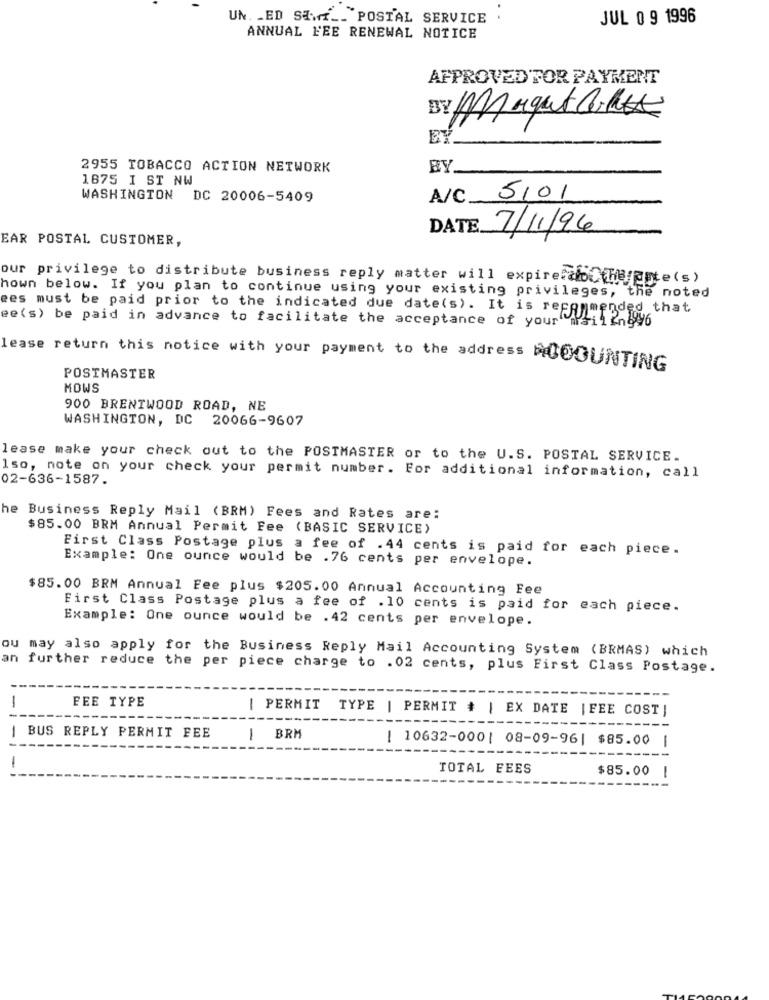
UN. _ ED Sawf __ POSTAL SERVICE
JUL 0 9 1996
ANNUAL FEE RENEWAL NOTICE
AFPROVEDTOR PAYMENT
BY Might Cause
2955 TOBACCO ACTION NETWORK
BY
1875 I ST NW
WASHINGTON DC 20006-5409
A/C 5101
DATE.
7/11/96
EAR POSTAL CUSTOMER,
our privilege to distribute business reply matter will expire:ao therate(s)
hown below. If you plan to continue using your existing privileges, the noted
ees must be paid prior to the indicated due date(s). It is recommended that
ee(s) be paid in advance to facilitate the acceptance of your
lease return this notice with your payment to the address HUCOUNTING
POSTMASTER
MOWS
900 BRENTWOOD ROAD, NE
WASHINGTON, DC 20066-9607
lease make your check out to the POSTMASTER or to the U.S. POSTAL SERVICE.
02-636-1587.
Iso, note on your check your permit number. For additional information, call
he Business Reply Mail (BRM) Fees and Rates are:
$85.00 BRM Annual Permit Fee (BASIC SERVICE)
First Class Postage plus a fee of . 44 cents is paid for each piece.
Example: One ounce would be .76 cents per envelope.
$85.00 BRM Annual Fee plus $205.00 Annual Accounting Fee
First Class Postage plus a fee of . 10 cents is paid for each piece.
Example: One ounce would be .42 cents per envelope.
ou may also apply for the Business Reply Mail Accounting System (BRMAS) which
an further reduce the per piece charge to .02 cents, plus First Class Postage.
FEE TYPE
| PERMIT TYPE | PERMIT # | EX DATE | FEE COST )
BUS REPLY PERMIT FEE
| BRM
! 10632-000| 08-09-96| $85.00
-
TOTAL FEES
$85.00